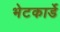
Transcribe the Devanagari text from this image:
भेटकार्डे